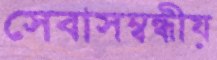
সেবাসম্বন্ধীয়